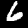
Label: 6